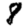
Digit: 8